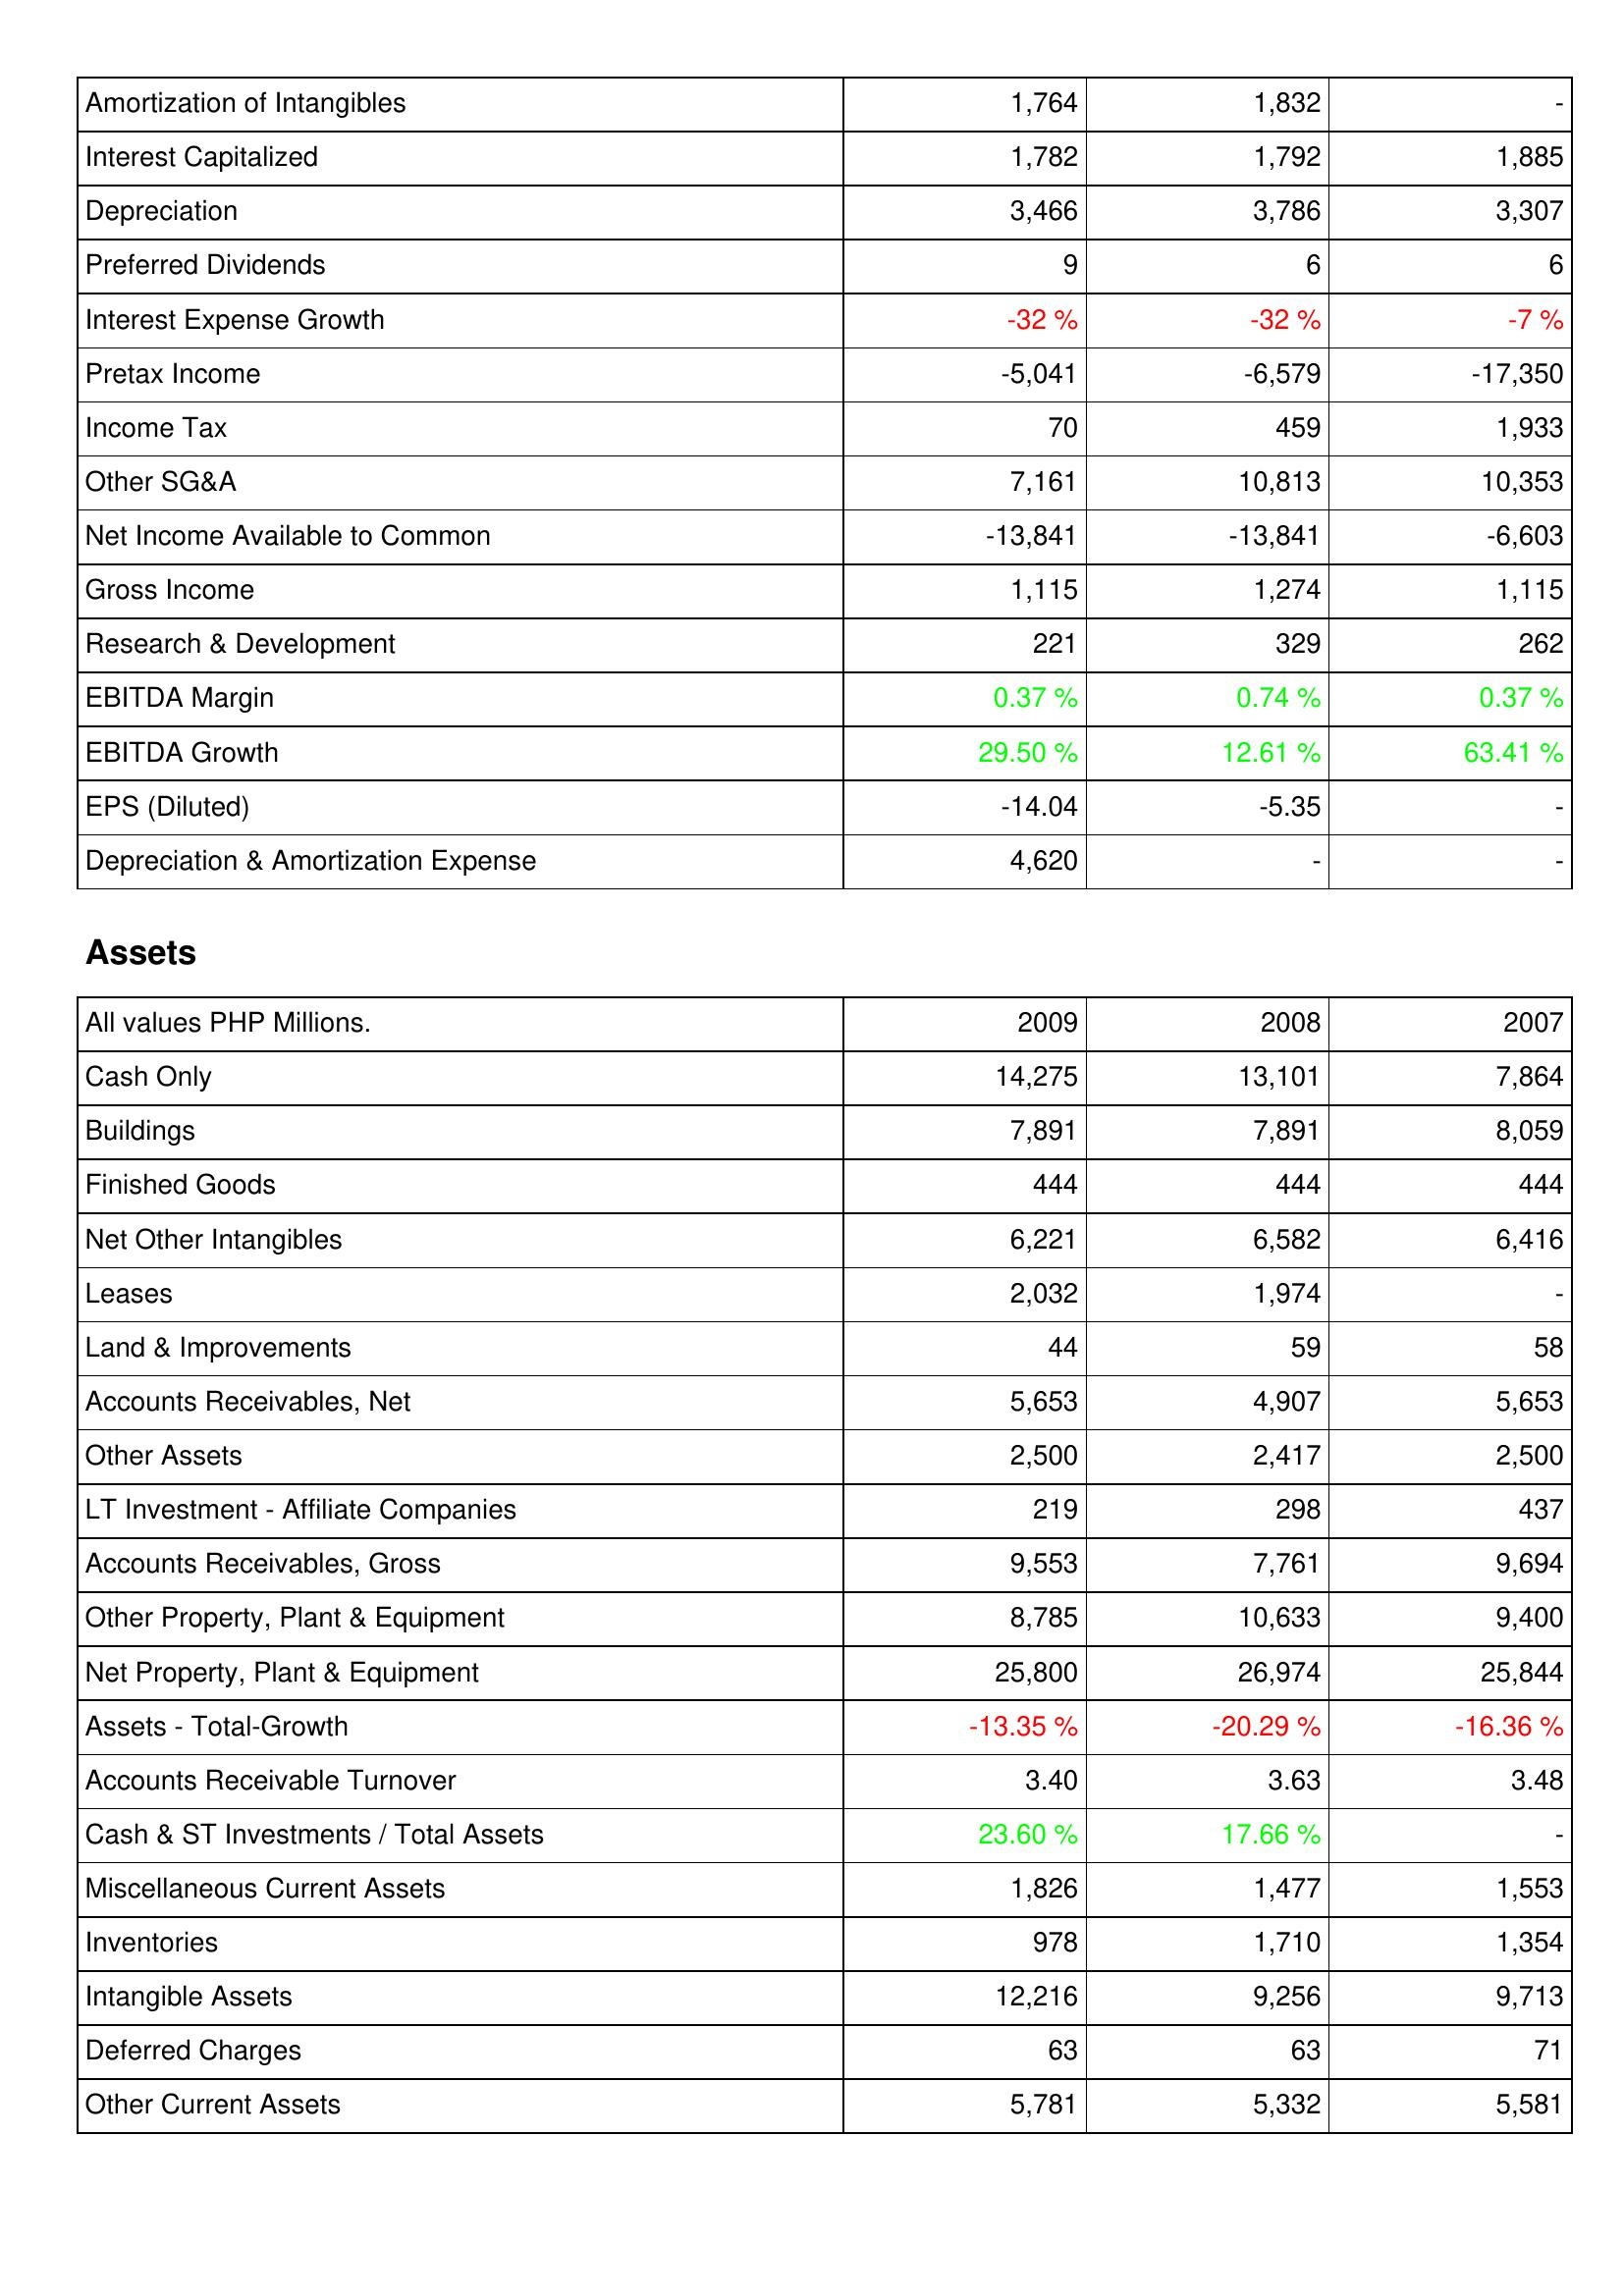
2009: Income Statement: Amortization of Intangibles: 1,764
Interest Capitalized: 1,782
Depreciation: 3,466
Preferred Dividends: 9
Interest Expense Growth: -32 %
Pretax Income: -5,041
Income Tax: 70
Other SG&A: 7,161
Net Income Available to Common: -13,841
Gross Income: 1,115
Research & Development: 221
EBITDA Margin: 0.37 %
EBITDA Growth: 29.50 %
EPS (Diluted): -14.04
Depreciation & Amortization Expense: 4,620
Assets: Cash Only: 14,275
Buildings: 7,891
Finished Goods: 444
Net Other Intangibles: 6,221
Leases: 2,032
Land & Improvements: 44
Accounts Receivables, Net: 5,653
Other Assets: 2,500
LT Investment - Affiliate Companies: 219
Accounts Receivables, Gross: 9,553
Other Property, Plant & Equipment: 8,785
Net Property, Plant & Equipment: 25,800
Assets - Total-Growth: -13.35 %
Accounts Receivable Turnover: 3.40
Cash & ST Investments / Total Assets: 23.60 %
Miscellaneous Current Assets: 1,826
Inventories: 978
Intangible Assets: 12,216
Deferred Charges: 63
Other Current Assets: 5,781
2008: Income Statement: Amortization of Intangibles: 1,832
Interest Capitalized: 1,792
Depreciation: 3,786
Preferred Dividends: 6
Interest Expense Growth: -32 %
Pretax Income: -6,579
Income Tax: 459
Other SG&A: 10,813
Net Income Available to Common: -13,841
Gross Income: 1,274
Research & Development: 329
EBITDA Margin: 0.74 %
EBITDA Growth: 12.61 %
EPS (Diluted): -5.35
Depreciation & Amortization Expense: -
Assets: Cash Only: 13,101
Buildings: 7,891
Finished Goods: 444
Net Other Intangibles: 6,582
Leases: 1,974
Land & Improvements: 59
Accounts Receivables, Net: 4,907
Other Assets: 2,417
LT Investment - Affiliate Companies: 298
Accounts Receivables, Gross: 7,761
Other Property, Plant & Equipment: 10,633
Net Property, Plant & Equipment: 26,974
Assets - Total-Growth: -20.29 %
Accounts Receivable Turnover: 3.63
Cash & ST Investments / Total Assets: 17.66 %
Miscellaneous Current Assets: 1,477
Inventories: 1,710
Intangible Assets: 9,256
Deferred Charges: 63
Other Current Assets: 5,332
2007: Income Statement: Amortization of Intangibles: -
Interest Capitalized: 1,885
Depreciation: 3,307
Preferred Dividends: 6
Interest Expense Growth: -7 %
Pretax Income: -17,350
Income Tax: 1,933
Other SG&A: 10,353
Net Income Available to Common: -6,603
Gross Income: 1,115
Research & Development: 262
EBITDA Margin: 0.37 %
EBITDA Growth: 63.41 %
EPS (Diluted): -
Depreciation & Amortization Expense: -
Assets: Cash Only: 7,864
Buildings: 8,059
Finished Goods: 444
Net Other Intangibles: 6,416
Leases: -
Land & Improvements: 58
Accounts Receivables, Net: 5,653
Other Assets: 2,500
LT Investment - Affiliate Companies: 437
Accounts Receivables, Gross: 9,694
Other Property, Plant & Equipment: 9,400
Net Property, Plant & Equipment: 25,844
Assets - Total-Growth: -16.36 %
Accounts Receivable Turnover: 3.48
Cash & ST Investments / Total Assets: -
Miscellaneous Current Assets: 1,553
Inventories: 1,354
Intangible Assets: 9,713
Deferred Charges: 71
Other Current Assets: 5,581